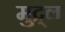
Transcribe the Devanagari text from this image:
मुद्र्ल